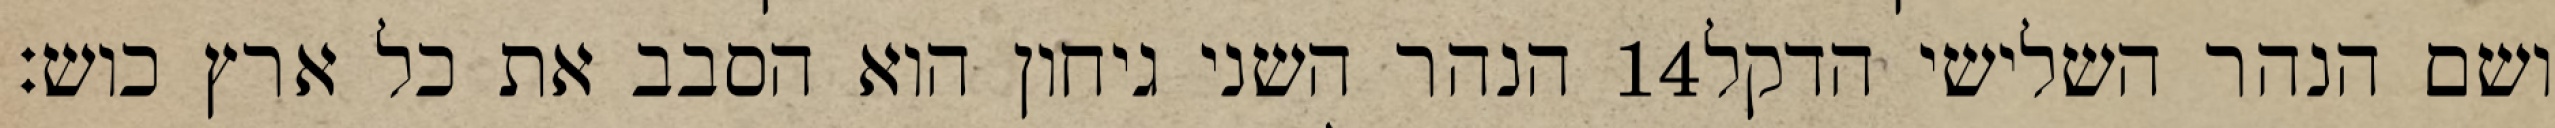
הנהר השני גיחון הוא הסבב את כל ארץ כוש׃ ‎14‏ ושם הנהר השלישי הדקל